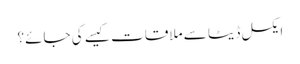
ایکسل ڈیٹا سے ملاقات کیسے کی جائے؟